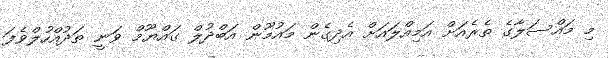
މި މައްސަލާގެ ތެރެއަށް އަމިއްލައަށް އެދިގެން މައުމޫން އަބްދުލް ގައްޔޫމް ވަނީ ތަދުއްހުލްވެފަ